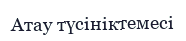
Атау түсініктемесі